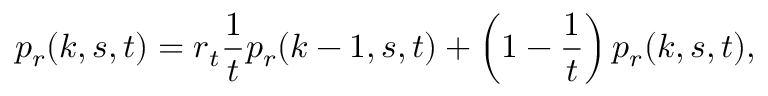
p _ { r } ( k , s , t ) = r _ { t } { \frac { 1 } { t } } p _ { r } ( k - 1 , s , t ) + \left( 1 - { \frac { 1 } { t } } \right) p _ { r } ( k , s , t ) ,